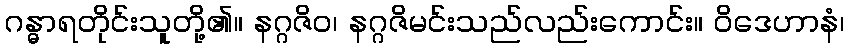
ဂန္ဓာရတိုင်းသူတို့၏။ နဂ္ဂဇိဝ၊ နဂ္ဂဇိမင်းသည်လည်းကောင်း။ ဝိဒေဟာနံ၊